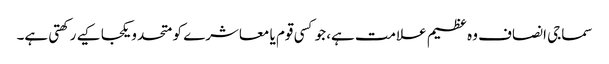
سماجی انصاف وہ عظیم علامت ہے، جو کسی قوم یا معاشرے کو متحد و یکجا کیے رکھتی ہے۔